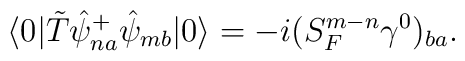
\langle 0|\tilde{T}\hat{\psi}_{na}^{+}\hat{\psi}_{mb}|0\rangle=-i(S_{F\;}^{m-n}\gamma ^0)_{ba}.